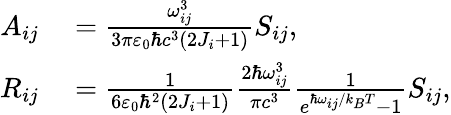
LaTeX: \begin{array}{rl}{A_{ij}}&{{}=\frac{\omega_{ij}^{3}}{3\pi\varepsilon_{0}\hbar c^{3}(2J_{i}+1)}S_{ij},}\\ {R_{ij}}&{{}=\frac{1}{6\varepsilon_{0}\hbar^{2}(2J_{i}+1)}\frac{2\hbar\omega_{ij}^{3}}{\pi c^{3}}\frac{1}{e^{\hbar\omega_{ij}/k_{B}T}-1}S_{ij},}\end{array}